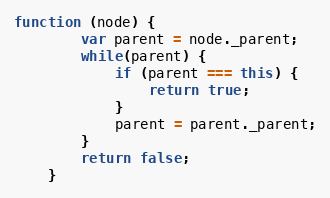
Language: JavaScript
function (node) {
        var parent = node._parent;
        while(parent) {
            if (parent === this) {
                return true;
            }
            parent = parent._parent;
        }
        return false;
    }